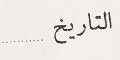
التاريخ